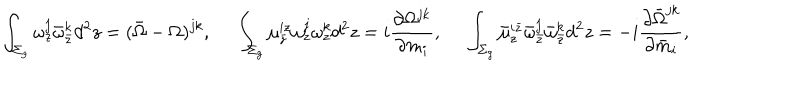
LaTeX: \int _ { \Sigma _ { g } } \omega _ { z } ^ { j } \bar { \omega } _ { \bar { z } } ^ { k } d ^ { 2 } z = ( \bar { \Omega } - \Omega ) ^ { j k } , \quad \, \, \int _ { \Sigma _ { g } } \mu _ { \bar { z } } ^ { i z } \omega _ { z } ^ { j } \omega _ { z } ^ { k } d ^ { 2 } z = i { \frac { \partial \Omega ^ { j k } } { \partial m _ { i } } } , \quad \, \, \int _ { \Sigma _ { g } } \bar { \mu } _ { z } ^ { i \bar { z } } \bar { \omega } _ { \bar { z } } ^ { j } \bar { \omega } _ { \bar { z } } ^ { k } d ^ { 2 } z = - i { \frac { \partial \bar { \Omega } ^ { j k } } { \partial \bar { m } _ { i } } } ,